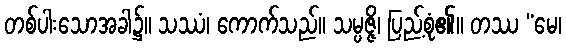
တစ်ပါးသောအခါ၌။ သဿံ၊ ကောက်သည်။ သမ္ပဇ္ဇိ၊ ပြည့်စုံ၏။ တဿ “မေ၊